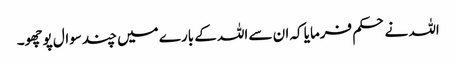
اللہ نے حکم فرمایا کہ ان سے اللہ کے بارے میں چند سوال پوچھو۔